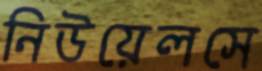
নিউয়েলসে